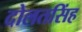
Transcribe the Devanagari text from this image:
दोलतसिंह